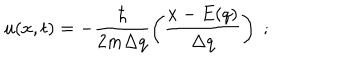
LaTeX: u ( x , t ) = - \frac { \hbar } { 2 m \Delta q } \left( \frac { x - E ( q ) } { \Delta q } \right) \; ;